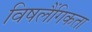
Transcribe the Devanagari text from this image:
विषलैंगिकता